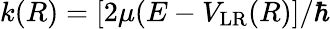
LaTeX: k(R)=[2\mu(E-V_{\mathrm{LR}}(R)]/\hbar